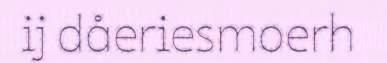
ij dåeriesmoerh